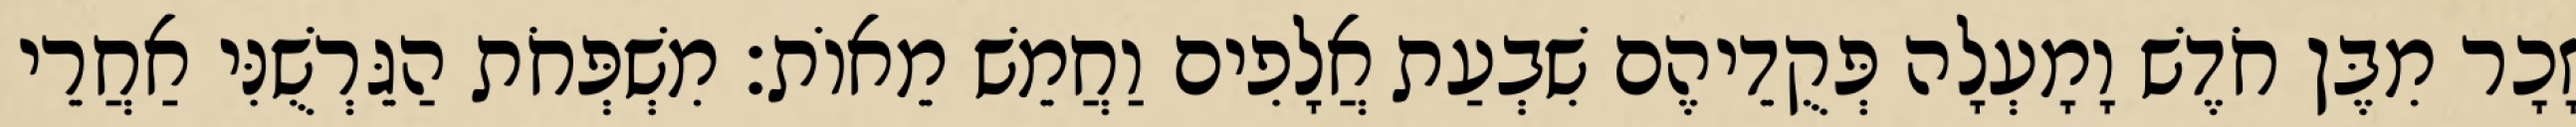
זָכָר מִבֶּן חֹדֶשׁ וָמָעְלָה פְּקֻדֵיהֶם שִׁבְעַת אֲלָפִים וַחֲמֵשׁ מֵאוֹת׃ מִשְׁפְּחֹת הַגֵּרְשֻׁנִּי אַחֲרֵי